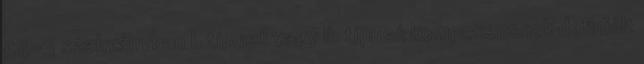
54-3 szabványban I. típusú vagy II. típusú komponensnek definiált